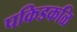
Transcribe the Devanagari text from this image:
पकिडकळि